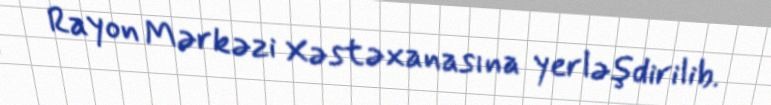
Rayon Mərkəzi Xəstəxanasına yerləşdirilib.